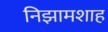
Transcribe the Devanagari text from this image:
निझामशाह